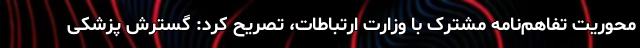
محوریت تفاهم‌نامه مشترک با وزارت ارتباطات، تصریح کرد: گسترش پزشکی